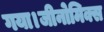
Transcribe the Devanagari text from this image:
गया।जीनोमिक्स